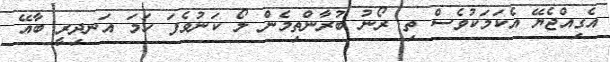
އެގިއްޖެޔޭ އެކަމަކުވެސް ތި ރޯނު ބުރާންތިމެން ލޯ ކަނުވެފަ ހަމަ އަނދިރީ ބާއޭ